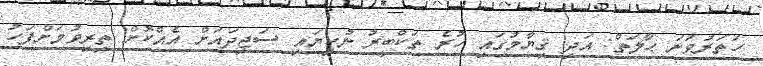
ހަތަރުވަނަ ޙާލަތް: އަދި ޤިޔާމުގައި ހުރެ ތަކްބީރު ނުކިޔައި ސަޖިދައަށް އެއްކޮށް ތިރިވުމަށްފަހު